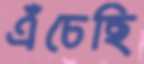
এঁচেছি